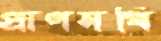
প্রাণসখি